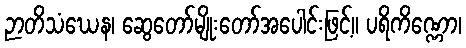
ဉာတိသံဃေန၊ ဆွေတော်မျိုးတော်အပေါင်းဖြင့်။ ပရိကိဏ္ဏော၊